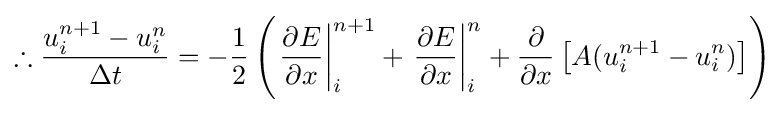
\therefore {\frac {u_{i}^{n+1}-u_{i}^{n}}{\Delta t}}=-{\frac {1}{2}}\left(\left.{\frac {\partial E}{\partial x}}\right|_{i}^{n+1}+\left.{\frac {\partial E}{\partial x}}\right|_{i}^{n}+{\frac {\partial }{\partial x}}\left[A(u_{i}^{n+1}-u_{i}^{n})\right]\right)